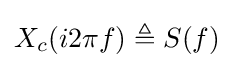
X_{c}(i2\pi f)\triangleq S(f)